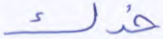
خدك